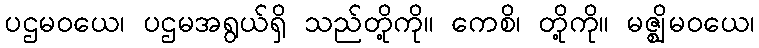
ပဌမဝယေ၊ ပဌမအရွယ်ရှိ သည်တို့ကို။ ကေစိ၊ တို့ကို။ မဇ္ဈိမဝယေ၊